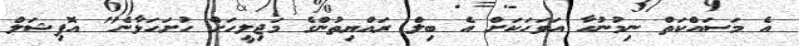
އެ މަސައްކަތް ނިމުނުހާ އަވަހަކަށް އެ ބިލް ރައްޔިތުންގެ މަޖިލީހަށް ހުށަހަޅާނެ" އޮފިޝަލް